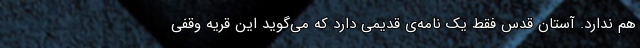
هم ندارد. آستان قدس فقط یک نامه‌ی قدیمی دارد که می‌گوید این قریه وقفی